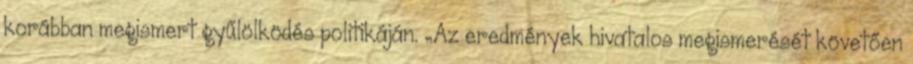
korábban megismert gyűlölködés politikáján. „Az eredmények hivatalos megismerését követően